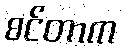
စင်တာက